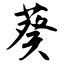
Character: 葵